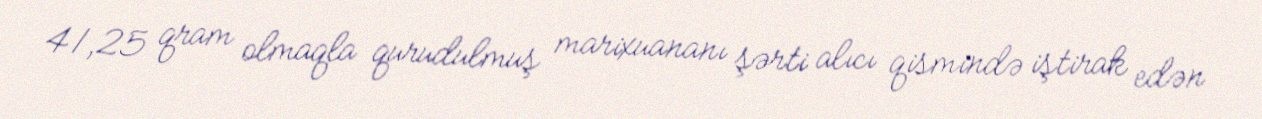
41,25 qram olmaqla qurudulmuş marixuananı şərti alıcı qismində iştirak edən